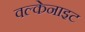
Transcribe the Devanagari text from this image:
वल्केनाइट